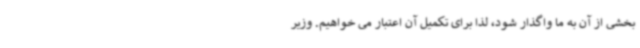
بخشی از آن به ما واگذار شود، لذا برای تکمیل آن اعتبار می خواهیم. وزیر